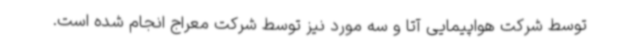
توسط شرکت هواپیمایی آتا و سه مورد نیز توسط شرکت معراج انجام شده است.